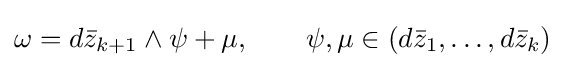
\omega =d{\bar {z}}_{k+1}\wedge \psi +\mu ,\qquad \psi ,\mu \in (d{\bar {z}}_{1},\dots ,d{\bar {z}}_{k})